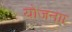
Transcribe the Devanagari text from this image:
योजनाा